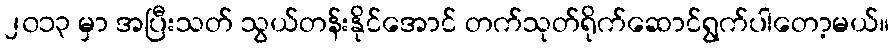
၂၀၁၃ မှာ အပြီးသတ် သွယ်တန်းနိုင်အောင် တက်သုတ်ရိုက်ဆောင်ရွက်ပါတော့မယ်။